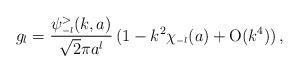
LaTeX: \begin{align*}g_l=\frac{ \psi_{\scriptscriptstyle{-l}}^>(k,a)}{\sqrt 2 \pi a^l}\,(1 - k^2 \chi_{\scriptscriptstyle{-l}}(a) + \mbox{O} (k^4))\,,\end{align*}